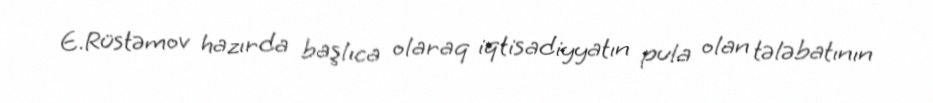
E.Rüstəmov hazırda başlıca olaraq iqtisadiyyatın pula olan tələbatının